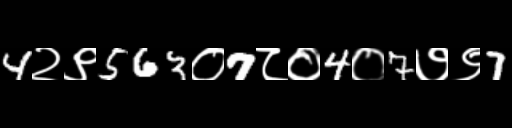
Text: 4२९563०7८०4०7७९7